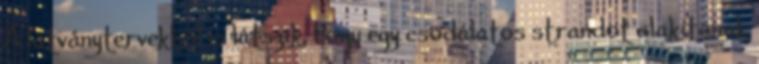
A látványtervekből is látszik, hogy egy csodálatos strandot alakítanak